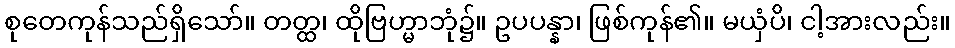
စုတေကုန်သည်ရှိသော်။ တတ္ထ၊ ထိုဗြဟ္မာဘုံ၌။ ဥပပန္နာ၊ ဖြစ်ကုန်၏။ မယှံပိ၊ ငါ့အားလည်း။